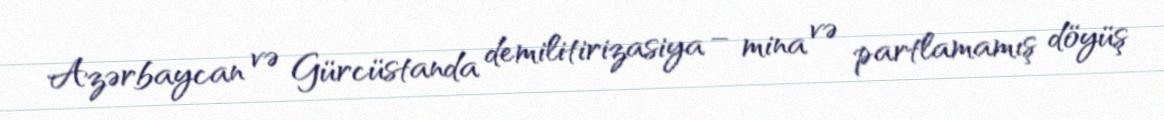
Azərbaycan və Gürcüstanda demilitirizasiya – mina və partlamamış döyüş